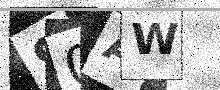
Text: S0AW